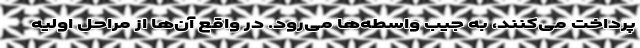
پرداخت می‌کنند، به جیب واسطه‌ها می‌رود. در واقع آن‌ها از مراحل اولیه